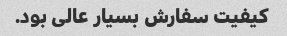
کیفیت سفارش بسیار عالی بود.